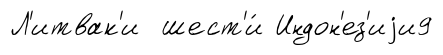
Л'итвак'и шест'и́ Индон'ез'иjи9